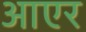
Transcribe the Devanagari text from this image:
आएर